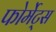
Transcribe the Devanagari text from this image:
फोर्मेट्स